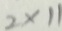
2 \times 1 1